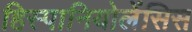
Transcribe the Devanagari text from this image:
हिस्पानियोलेंसिस